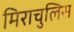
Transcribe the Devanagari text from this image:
मिराचुलिस